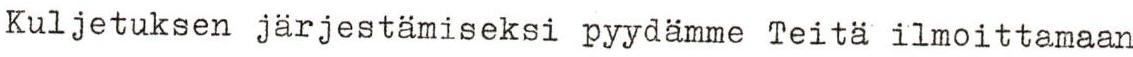
Kuljetuksen järjestämiseksi pyydämme Teitä ilmoittamaan